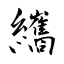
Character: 纗